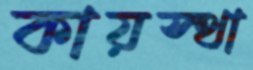
কায়স্থা